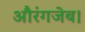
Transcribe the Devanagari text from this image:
औरंगजेब।